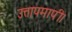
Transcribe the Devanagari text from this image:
उत्तापमापी।